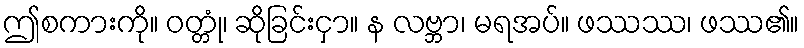
ဤစကားကို။ ဝတ္တုံ၊ ဆိုခြင်းငှာ။ န လဗ္ဘာ၊ မရအပ်။ ဖဿဿ၊ ဖဿ၏။